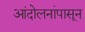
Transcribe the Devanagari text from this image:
आंदोलनांपासून